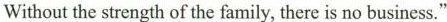
Without the strength of the family, there is no business."